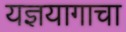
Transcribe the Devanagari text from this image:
यज्ञयागाचा